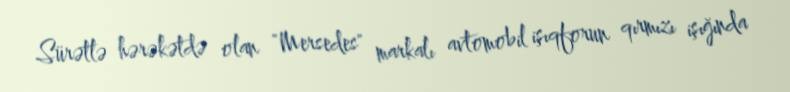
Sürətlə hərəkətdə olan "Mersedes" markalı avtomobil işıqforun qırmızı işığında